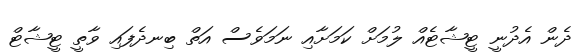
ދެން އެދުނީ ޓީޝާޓެއް ލުމަށް ކަމަށާއި ނަމަވެސް އަތް ބިނދެފައި ވާތީ ޓީޝާޓް